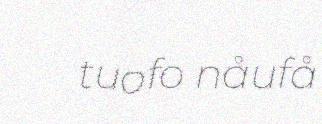
tuofo nåufå